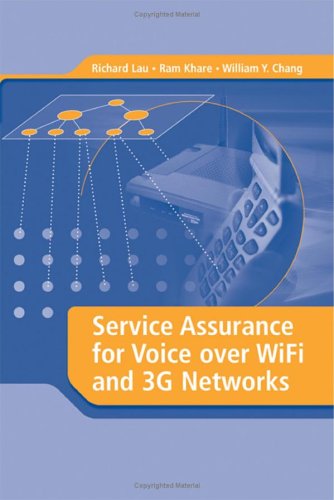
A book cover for Service Assurance for Voice over WiFi and 3G Networks; Richard Lau; Computers & Technology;